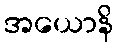
အယောနိ